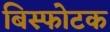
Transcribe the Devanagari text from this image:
बिस्फोटक